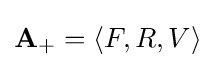
\mathbf {A} _{+}=\langle F,R,V\rangle